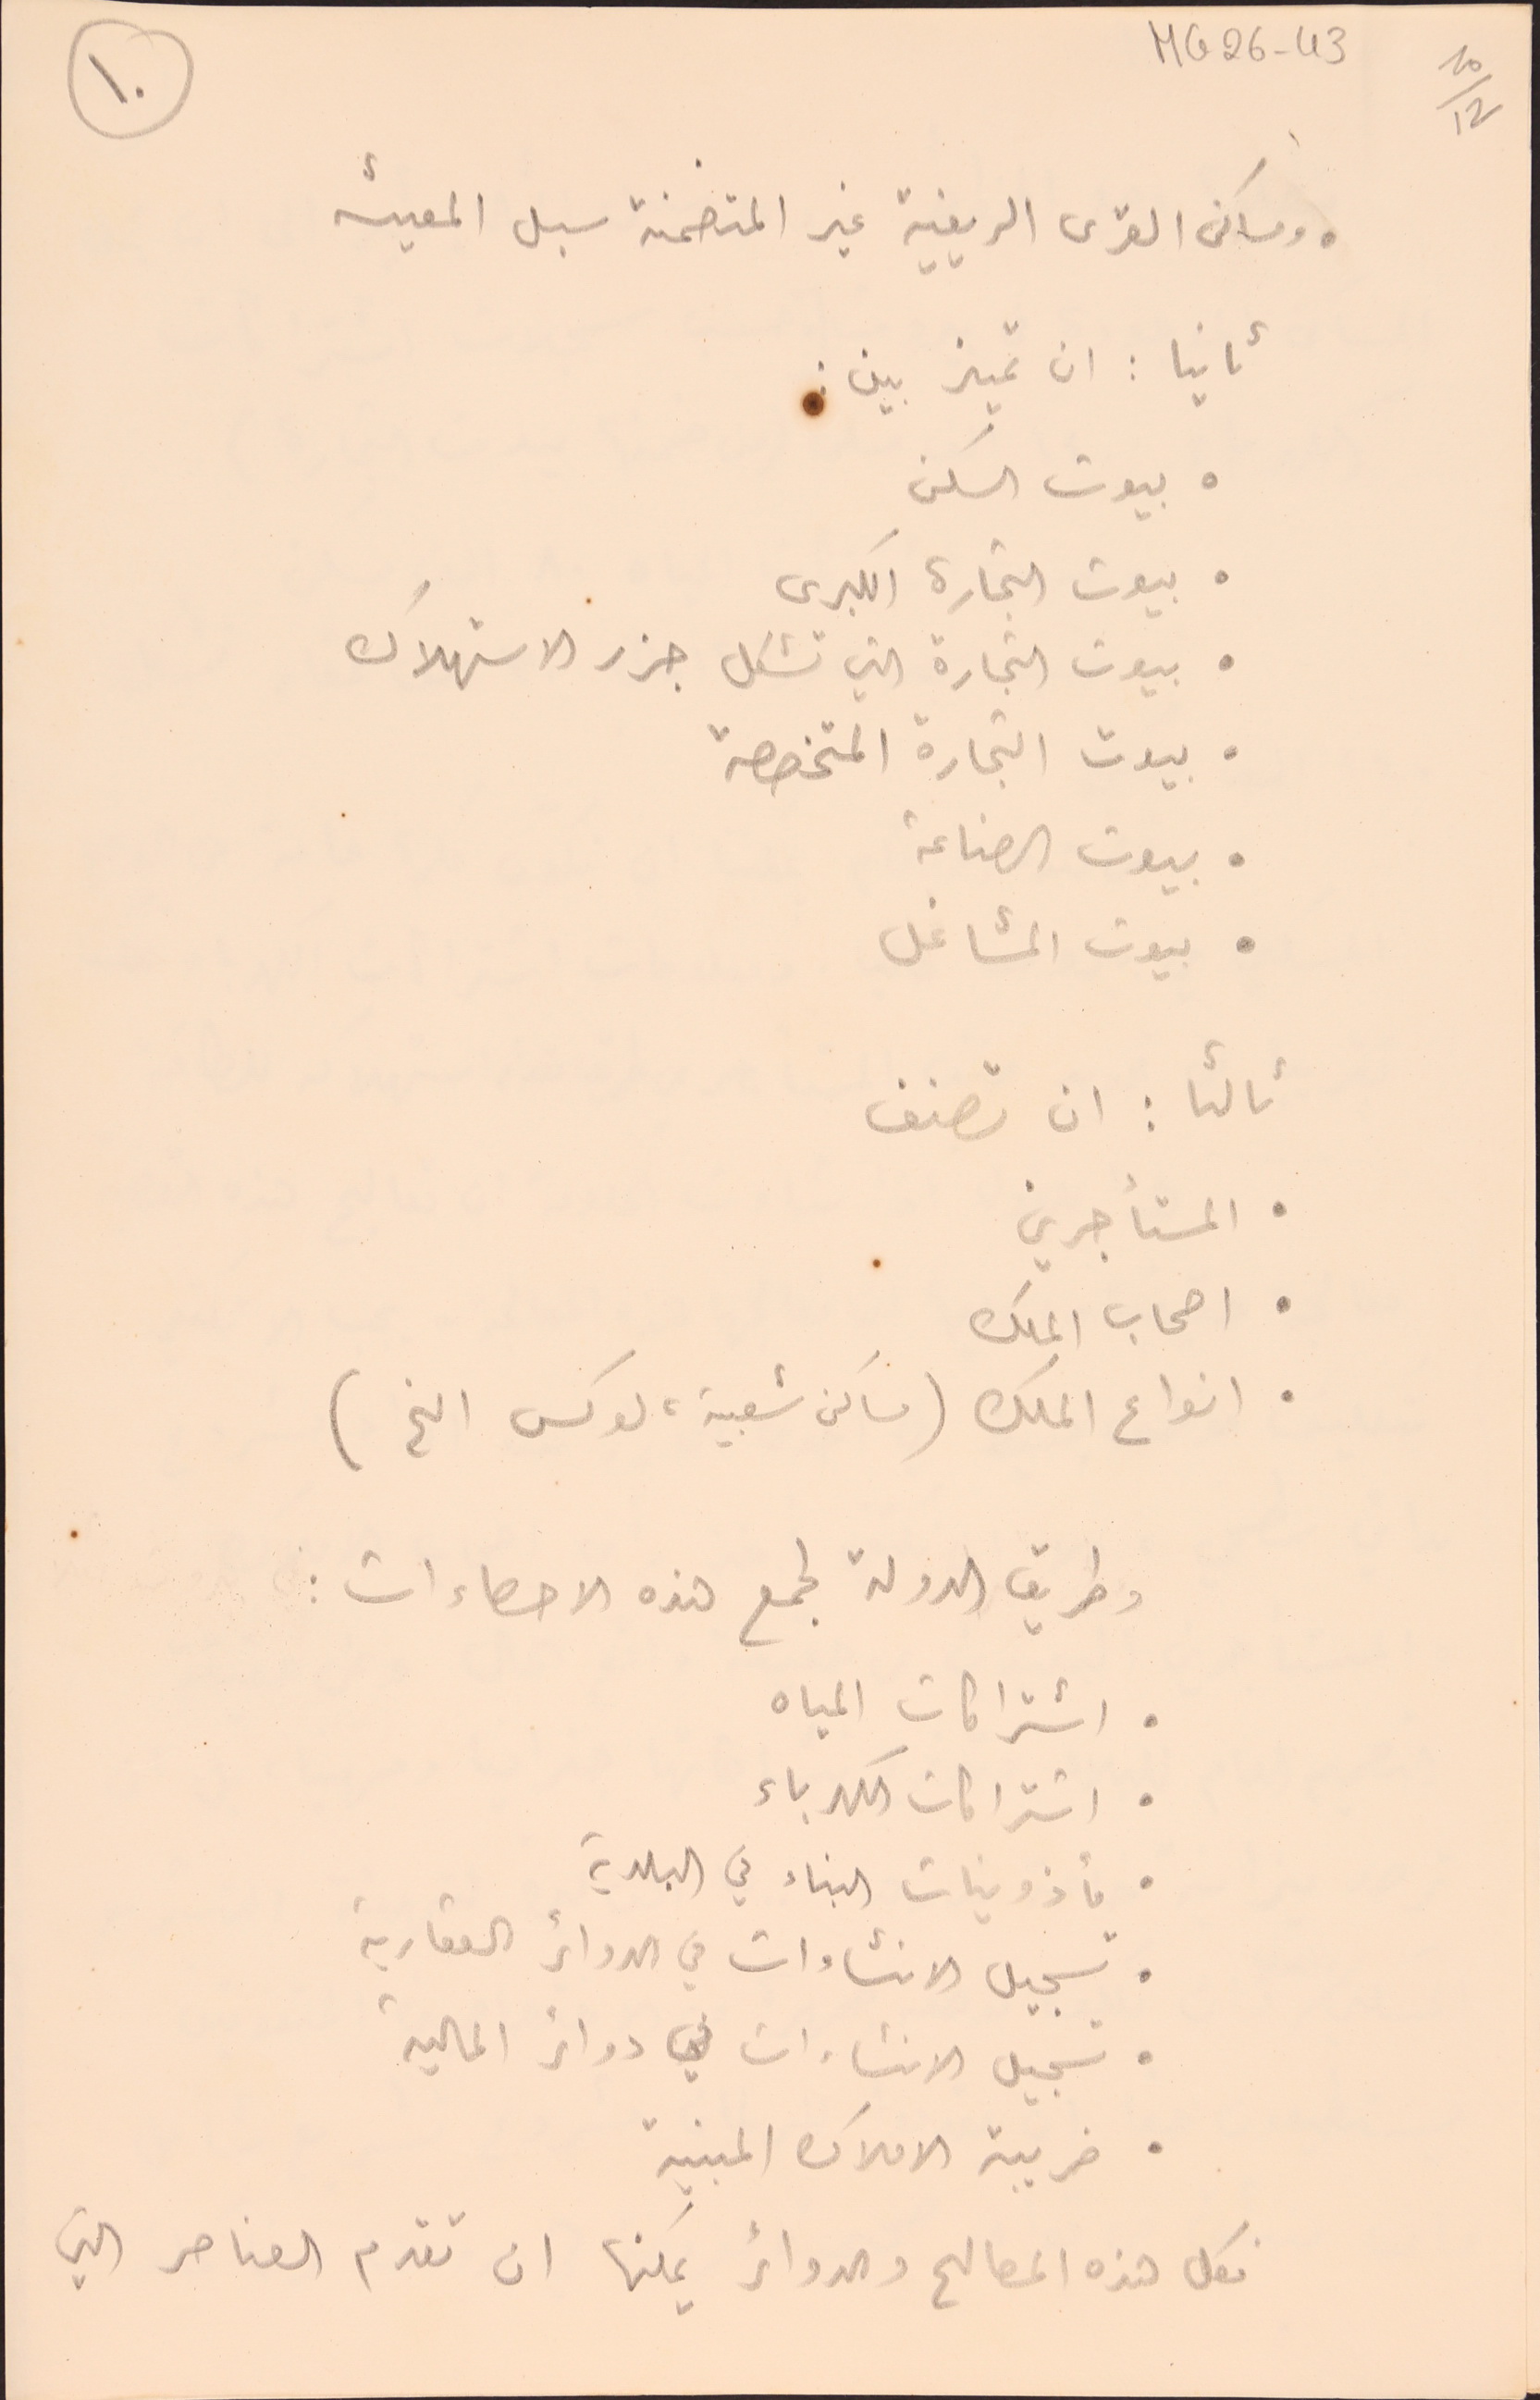
● ومساكن القرى الريفية غير المتضمنة سبل المعيشه
ثانيا: ان تميز بين :
● بيوت السكن
●بيوت التجارة الكبرى
● بيوت التجارة التي تشكل جزر الاستهلاك
 ●بيوت التجارة المتخصصة
● بيوت الصناعة
● بيوت المشاغل
ثالثا : ان تصنف
● المستأجرين
●اصحاب الملك
● انواع الملك (مساكن شعبية لوكس الخ)
وطريق الدولة لجمع هذه الاحصاءات :
● اشتراكات المياه
● اشتراكات الكهرباء
● مأذونيات البناء في البلدية
● تسجيل الانشاءات في الدوائر العقارية
● تسجيل الانشاءات في دوائر المالية
● ضريبة الاملاك المبنية
فكل هذه المصالح والدوائر يمكنها ان تقدم العناصر التي
MG26-43  10/12
١٠